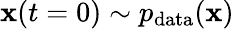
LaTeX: \mathbf{x}(t=0)\sim p_{\mathrm{data}}(\mathbf{x})